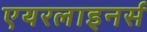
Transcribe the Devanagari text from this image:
एयरलाइनर्स